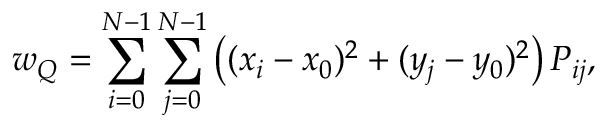
w _ { Q } = \sum _ { i = 0 } ^ { N - 1 } \sum _ { j = 0 } ^ { N - 1 } \left( ( x _ { i } - x _ { 0 } ) ^ { 2 } + ( y _ { j } - y _ { 0 } ) ^ { 2 } \right) P _ { i j } ,